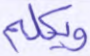
ويكلم